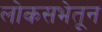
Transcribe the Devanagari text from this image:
लोकसभेतून